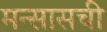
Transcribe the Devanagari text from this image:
मन्सासची